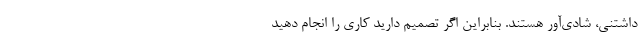
‌داشتنی، شادی‌آور هستند. بنابراین اگر تصمیم دارید کاری را انجام دهید